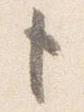
も